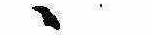
ゝ